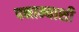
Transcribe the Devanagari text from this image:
पनाम्याशी